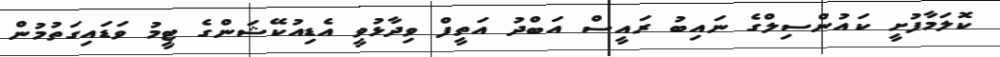
ކޮލަމާފުށީ ކައުންސިލްގެ ނައިބު ރައީސް އަބްދު އަތީފް ވިދާޅުވީ އެޑިއުކޭޝަންގެ ޓީމު ވަޑައިގަތުމުން